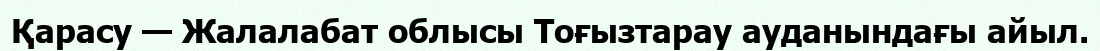
Қарасу — Жалалабат облысы Тоғызтарау ауданындағы айыл.